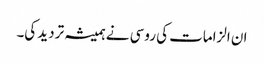
ان الزامات کی روسی نے ہمیشہ تردید کی۔